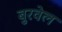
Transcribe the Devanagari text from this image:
बुरवेल